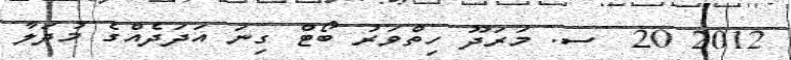
2012 20  ސ. މަރަދޫ ހިތްވަރު ބޯޓް ގިނަ އަދަދެއްގެ މުދަލާ